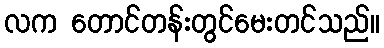
လက တောင်တန်းတွင်မေးတင်သည်။